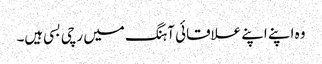
وہ اپنے اپنے علاقائی آہنگ میں رچی بسی ہیں۔